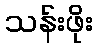
သန်းဖိုး